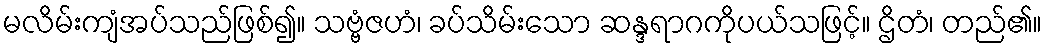
မလိမ်းကျံအပ်သည်ဖြစ်၍။ သဗ္ဗံဇဟံ၊ ခပ်သိမ်းသော ဆန္ဒရာဂကိုပယ်သဖြင့်။ ဌိတံ၊ တည်၏။